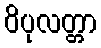
ဝိပုလတ္တာ